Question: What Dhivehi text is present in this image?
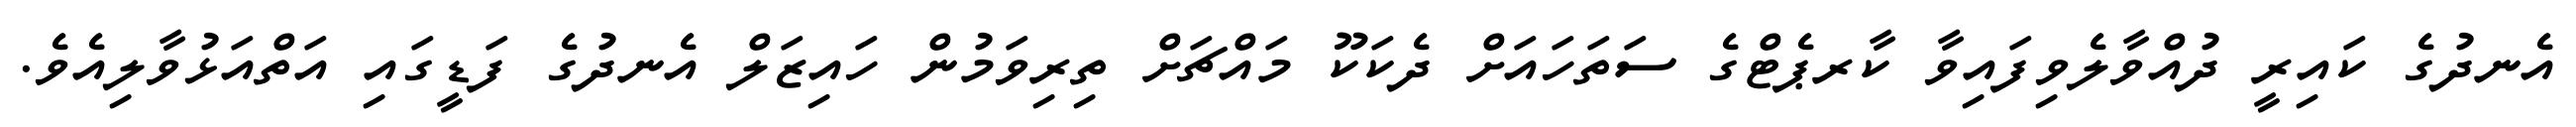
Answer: އެނދުގެ ކައިރީ ދުއްވާލެވިފައިވާ ކާރޕެޓްގެ ސަތަހައަށް ދެކަކޫ މައްޗަށް ތިރިވަމުން ހައިޒަލް އެނދުގެ ފަޑީގައި އަތްއަޅުވާލިއެވެ.